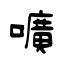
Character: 嚝